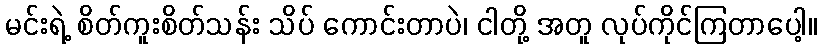
မင်းရဲ့ စိတ်ကူးစိတ်သန်း သိပ် ကောင်းတာပဲ၊ ငါတို့ အတူ လုပ်ကိုင်ကြတာပေါ့။